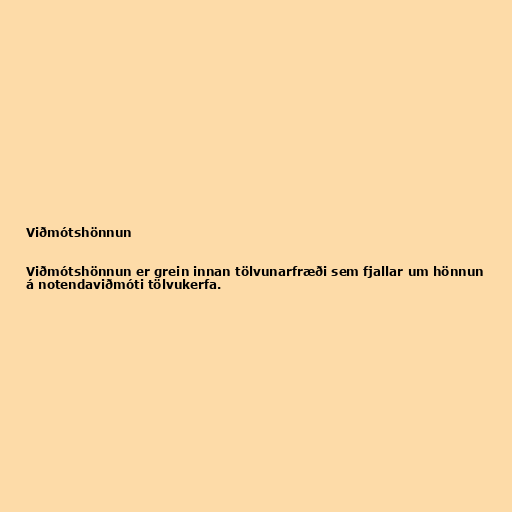
Viðmótshönnun

Viðmótshönnun er grein innan tölvunarfræði sem fjallar um hönnun
á notendaviðmóti tölvukerfa.